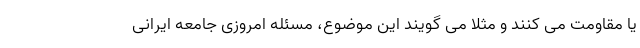
یا مقاومت می کنند و مثلا می گویند این موضوع، مسئله امروزی جامعه ایرانی